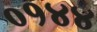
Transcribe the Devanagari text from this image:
०१४४